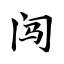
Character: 闯